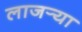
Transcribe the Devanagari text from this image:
लाजर्‍या